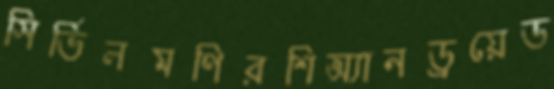
সির্ভিলমণিরশিঅ্যানড্রয়েড